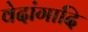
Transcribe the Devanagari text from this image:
वेदांगादि